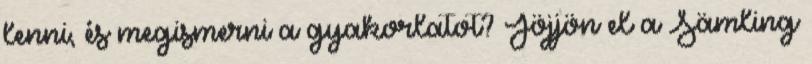
lenni, és megismerni a gyakorlatot? Jöjjön el a Sämling